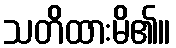
သတိထားမိ၏။